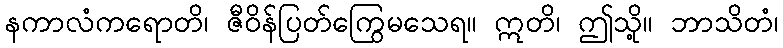
နကာလံကရောတိ၊ ဇီဝိန်ပြတ်ကြွေမသေရ။ ဣတိ၊ ဤသို့။ ဘာသိတံ၊